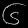
Digit: ၆